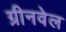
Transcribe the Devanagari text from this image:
ग्रीनवेल